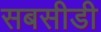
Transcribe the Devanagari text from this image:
सबसीडी